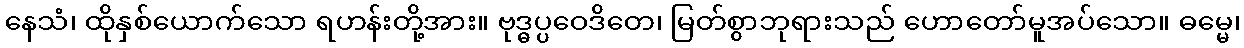
နေသံ၊ ထိုနှစ်ယောက်သော ရဟန်းတို့အား။ ဗုဒ္ဓပ္ပဝေဒိတေ၊ မြတ်စွာဘုရားသည် ဟောတော်မူအပ်သော။ ဓမ္မေ၊